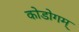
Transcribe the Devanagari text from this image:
कोडोगम्